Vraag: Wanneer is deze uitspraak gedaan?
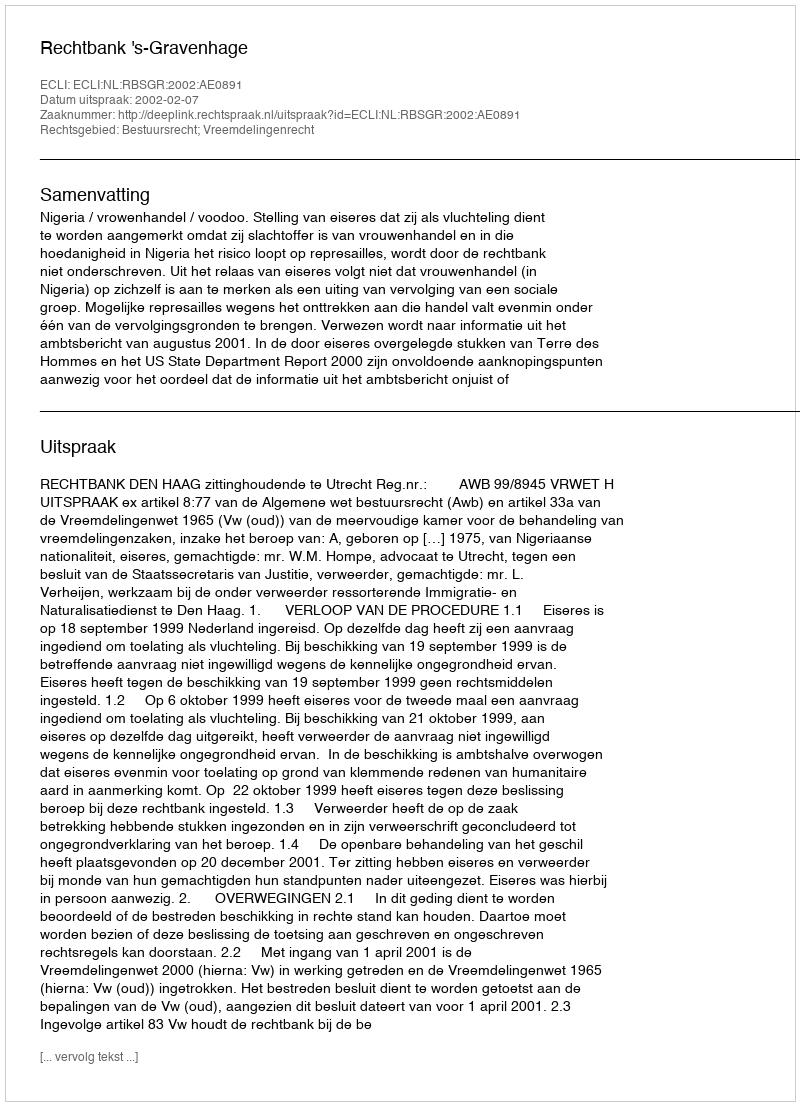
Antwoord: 2002-02-07